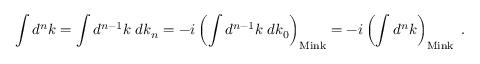
\int d ^ { n } k = \int d ^ { n - 1 } k \; d k _ { n } = - i \left( \int d ^ { n - 1 } k \; d k _ { 0 } \right) _ { \mathrm { M i n k } } = - i \left( \int d ^ { n } k \right) _ { \mathrm { M i n k } } \ .